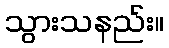
သွားသနည်း။